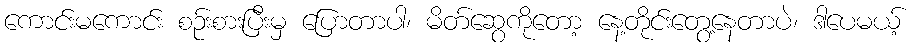
ကောင်းမကောင်း စဉ်းစားပြီးမှ ပြောတာပါ၊ မိတ်ဆွေကိုတော့ နေ့တိုင်းတွေ့နေတာပဲ၊ ဒါပေမယ့်